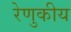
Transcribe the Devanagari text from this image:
रेणुकीय